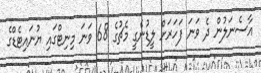
އާސެނަލުން ދެ ވަނަ ފަހަރަށް ލީޑުނެގީ މެޗުގެ 68 ވަނަ މިނިޓްގައި ޔުނައިޓެޑްގެ